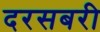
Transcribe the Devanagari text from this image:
दरसबरी